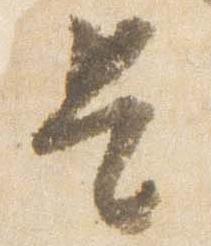
是